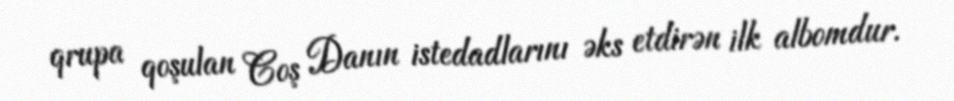
qrupa qoşulan Coş Danın istedadlarını əks etdirən ilk albomdur.